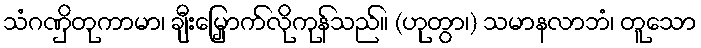
သံဂဏှိတုကာမာ၊ ချီးမြှောက်လိုကုန်သည်။ (ဟုတွာ၊) သမာနလာဘံ၊ တူသော